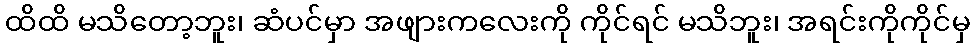
ထိထိ မသိတော့ဘူး၊ ဆံပင်မှာ အဖျားကလေးကို ကိုင်ရင် မသိဘူး၊ အရင်းကိုကိုင်မှ